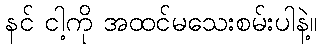
နင် ငါ့ကို အထင်မသေးစမ်းပါနဲ့။